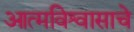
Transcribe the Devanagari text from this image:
आत्मविश्वासाचे